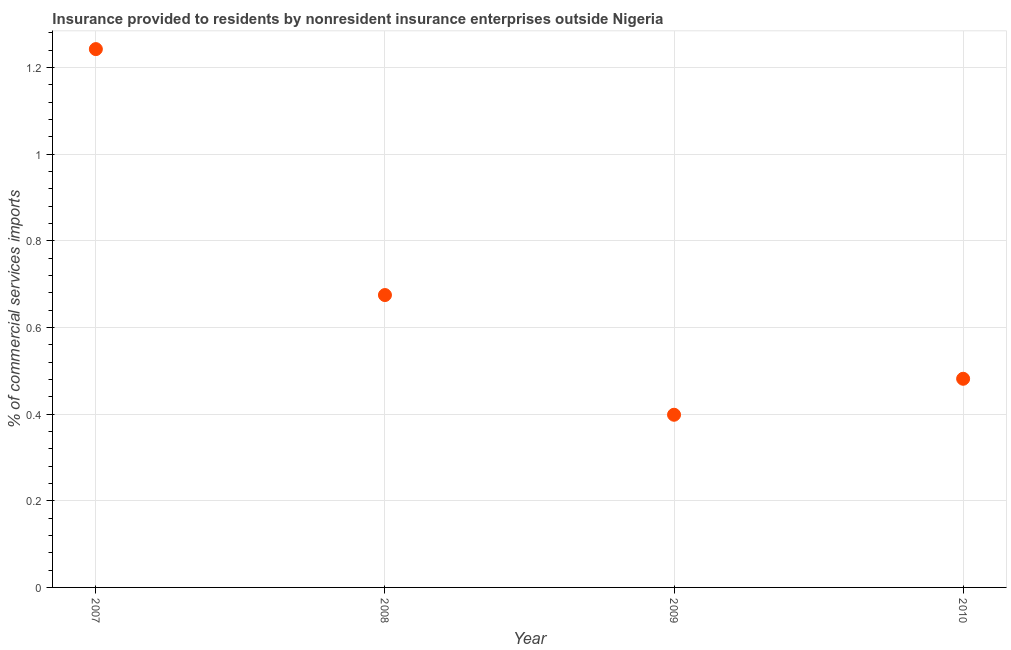
| Year | Insurance provided by non-residents |
 | --- | --- |
 | 2007 | 1.24 |
 | 2008 | 0.675 |
 | 2009 | 0.399 |
 | 2010 | 0.482 |